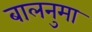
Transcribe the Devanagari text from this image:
बालनुमा